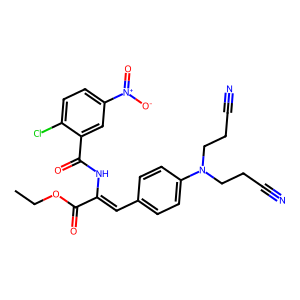
SMILES: CCOC(=O)C(=Cc1ccc(N(CCC#N)CCC#N)cc1)NC(=O)c1cc([N+](=O)[O-])ccc1Cl
Inhibits HIV replication: No